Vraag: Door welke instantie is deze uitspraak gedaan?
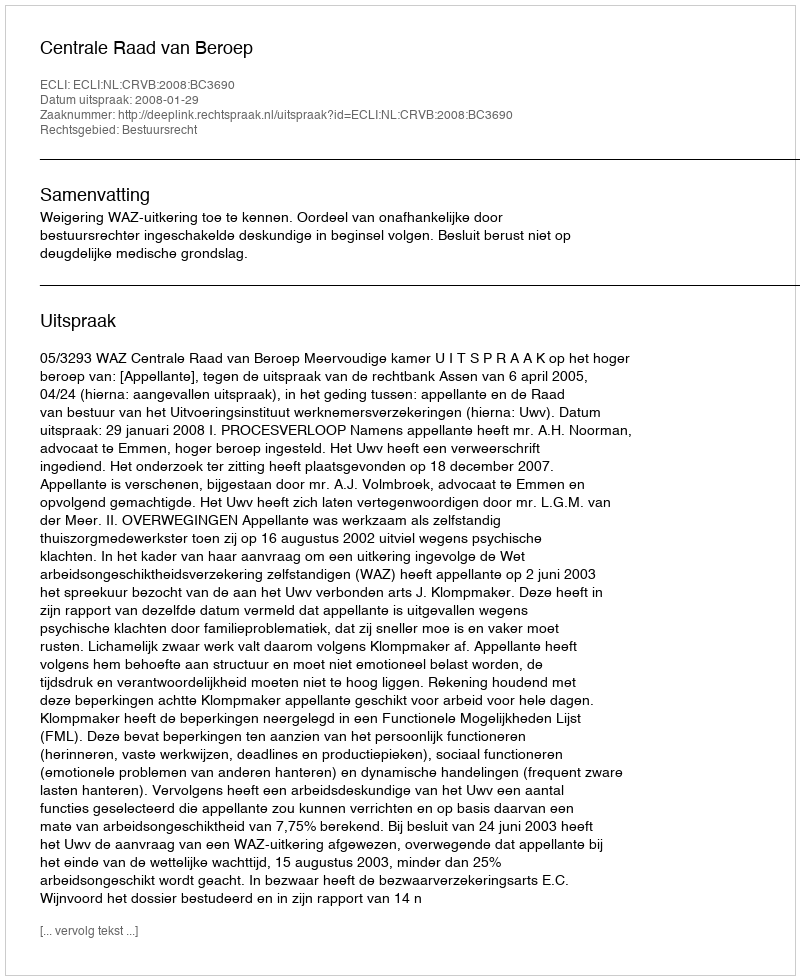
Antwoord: Centrale Raad van Beroep